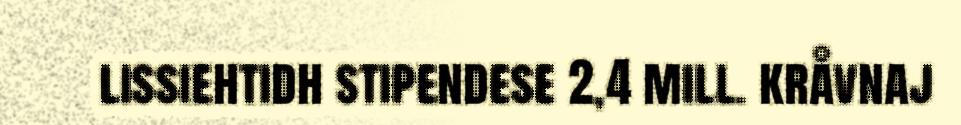
lissiehtidh stipendese 2,4 mill. kråvnaj